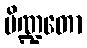
ပိဏ္ဍတော